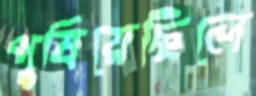
পুষিয়েছিলে